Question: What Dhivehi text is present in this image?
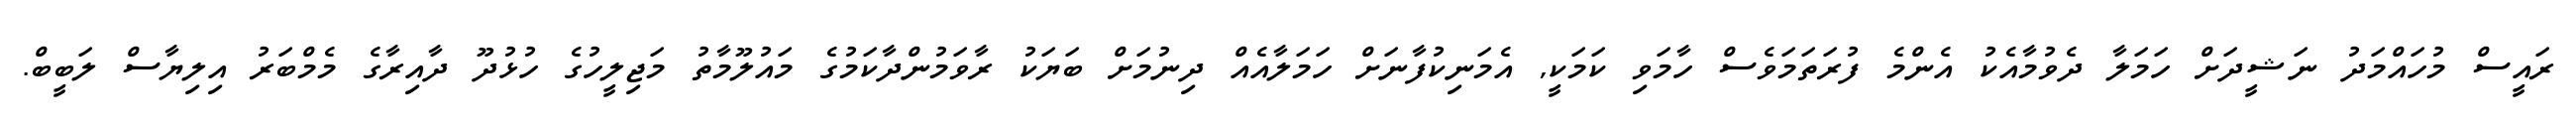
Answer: ރައީސް މުހައްމަދު ނަޝީދަށް ހަމަލާ ދެވުމާއެކު އެންމެ ފުރަތަމަވެސް ހާމަވި ކަމަކީ, އެމަނިކުފާނަށް ހަމަލާއެއް ދިނުމަށް ބަޔަކު ރާވަމުންދާކަމުގެ މައުލޫމާތު މަޖިލީހުގެ ހުޅުދޫ ދާއިރާގެ މެމްބަރު އިލިޔާސް ލަބީބް.